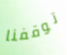
توقفنا